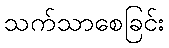
သက်သာစေခြင်း